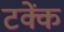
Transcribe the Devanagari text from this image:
टक्कें